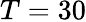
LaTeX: T=30